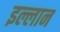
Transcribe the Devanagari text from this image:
इल्लान